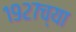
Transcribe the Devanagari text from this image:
१९२७च्या